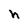
Character: h